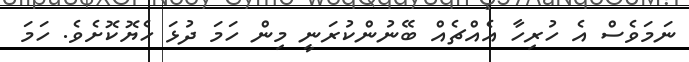
ނަމަވެސް އެ ހުރިހާ އެއްޗެއް ބޭނުންކުރަނީ މިން ހަމަ ދުޅަ ހެޔޮކޮށެވެ. ހަމަ